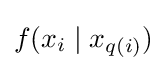
f(x_{i}\mid x_{q(i)})